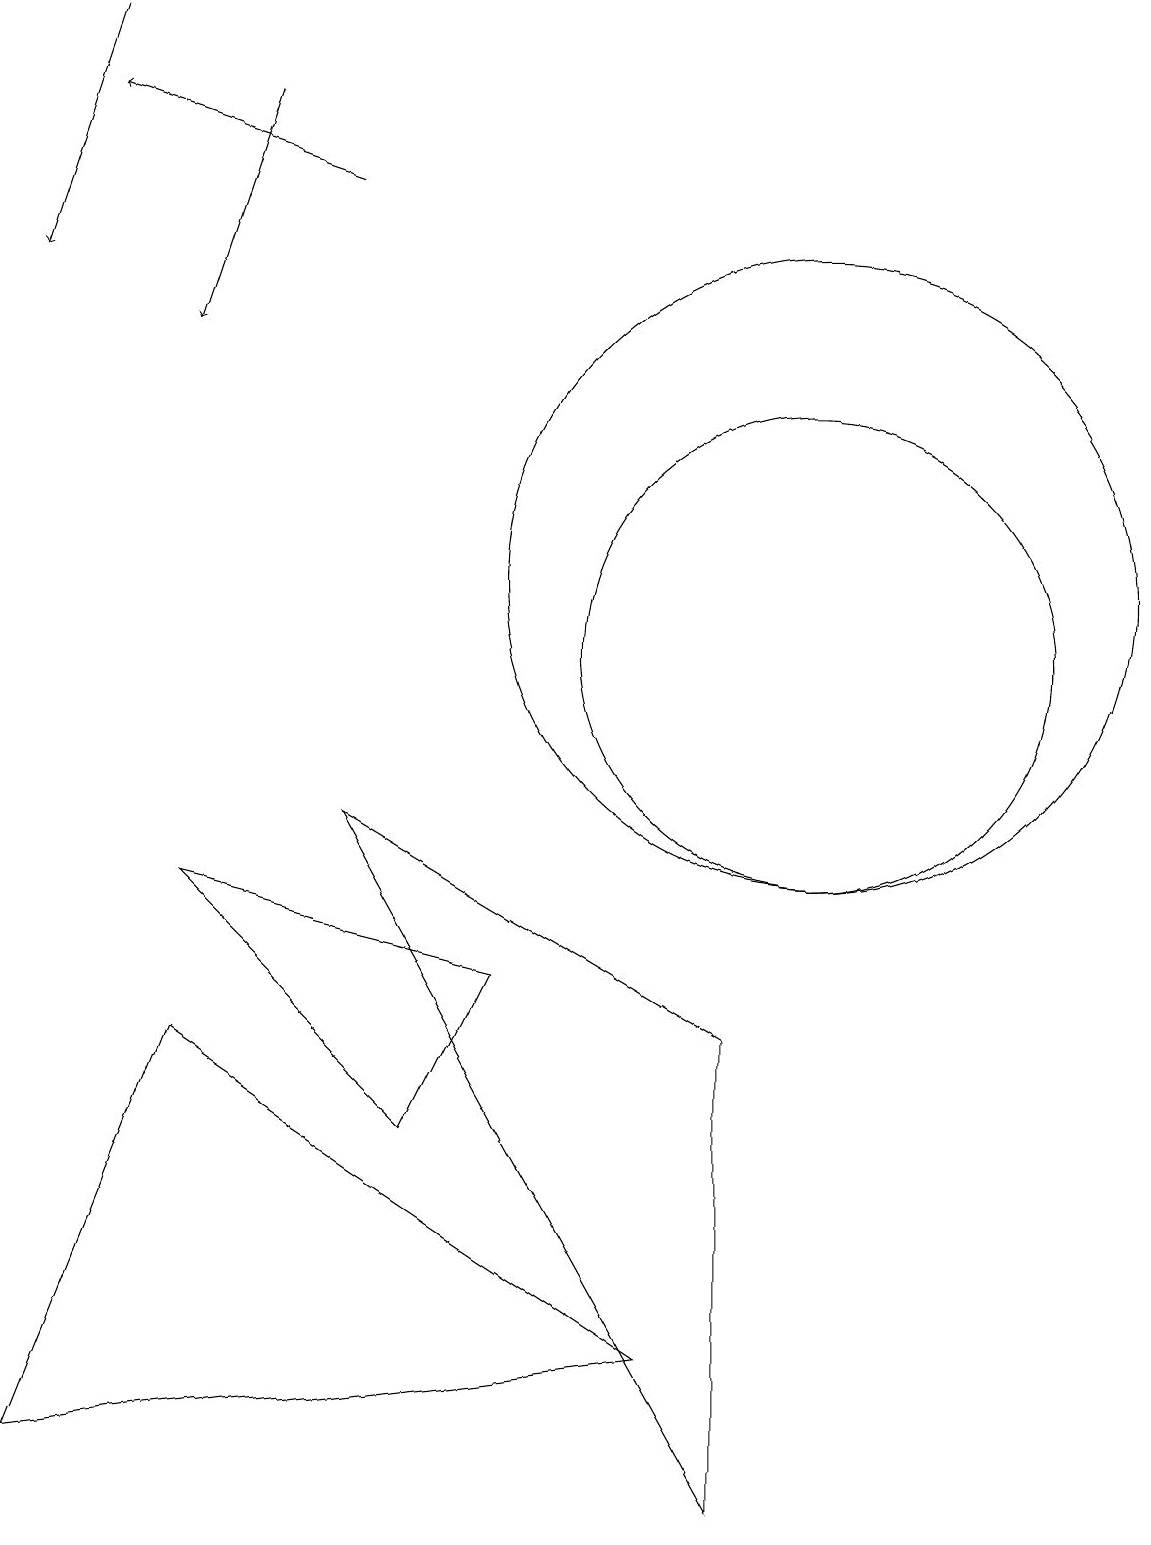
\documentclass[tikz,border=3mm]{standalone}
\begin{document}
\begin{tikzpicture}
\draw (5,5) -- (6,7) -- (2,8) -- cycle;
\draw (10,11) circle (3);
\draw[->] (4,17) -- (1,18);
\draw (10,12) circle (4);
\draw[->] (3,18) -- (2,15);
\draw[->] (1,19) -- (0,16);
\draw (2,6) -- (0,1) -- (8,2) -- cycle;
\draw (4,9) -- (9,6) -- (9,0) -- cycle;
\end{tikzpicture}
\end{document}